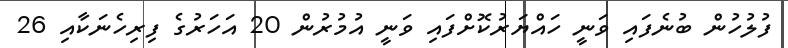
ފުލުހުން ބުނެފައި ވަނީ ހައްްޔަރުކޮށްފައި ވަނީ އުމުރުން 20 އަހަރުގެ ފިރިހެނަކާއި 26